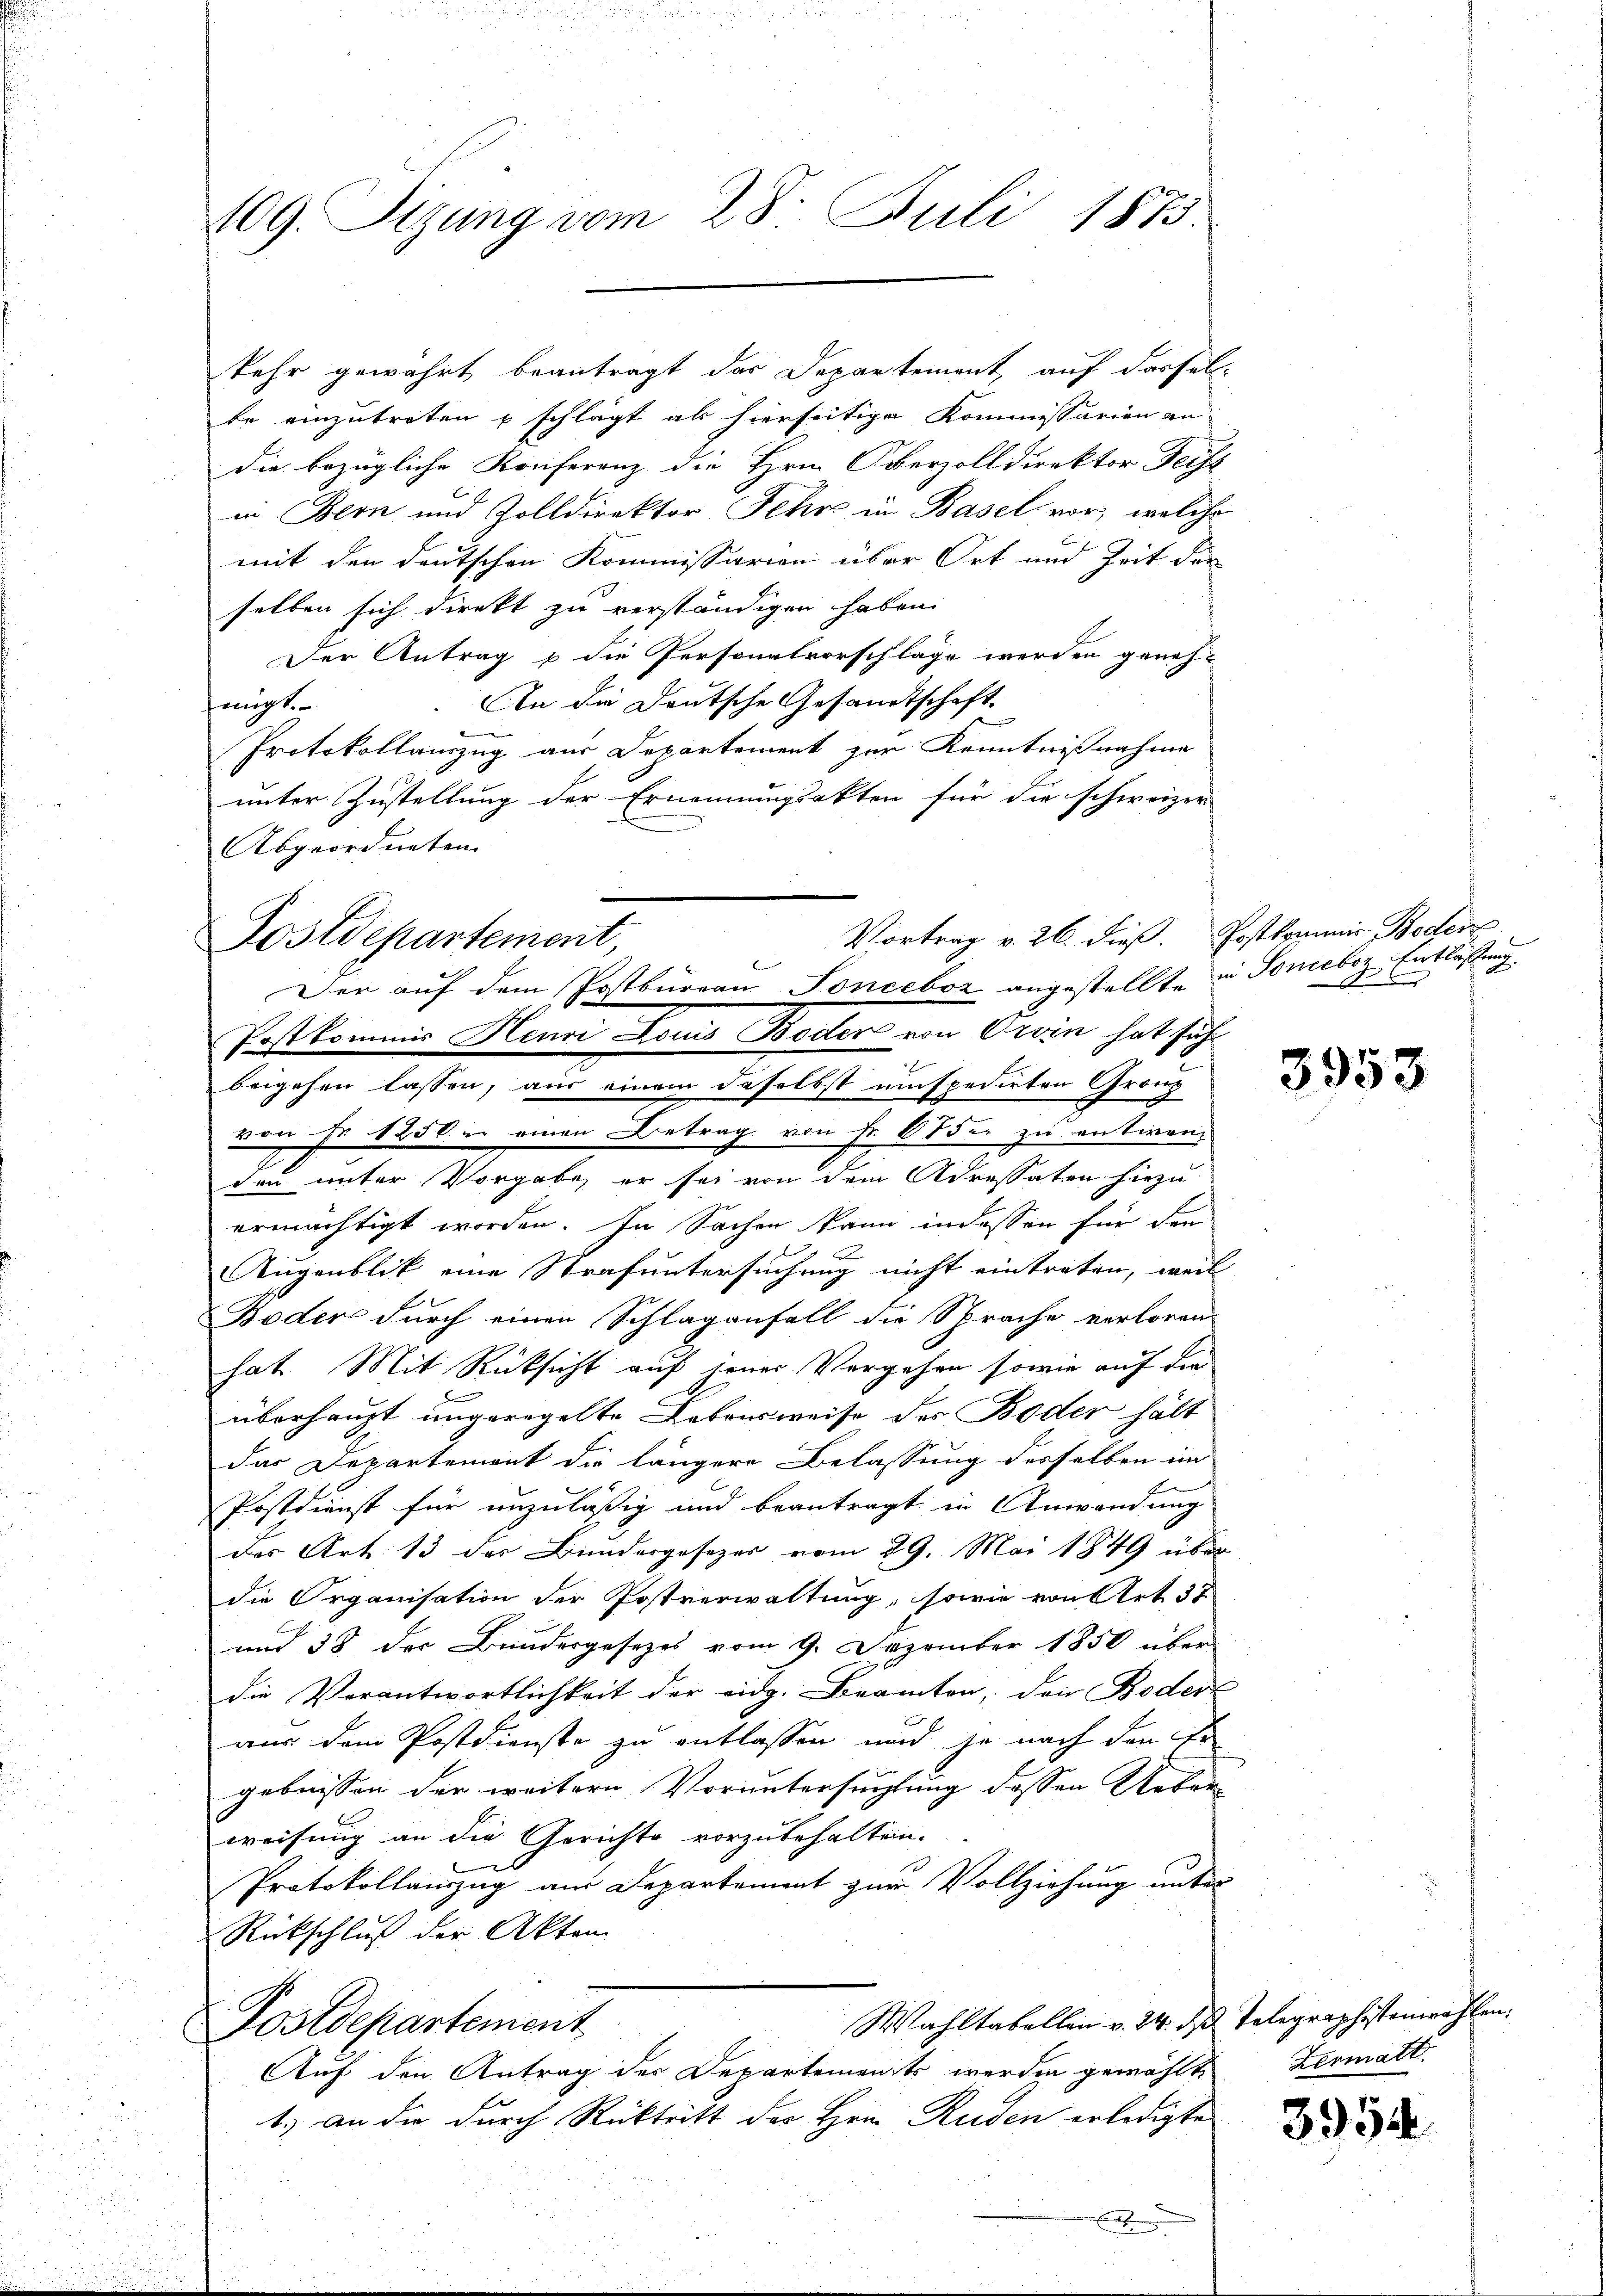
109. Sizung vom 28. Juli 1873.

ee einzutreten schlägt als hierseitige Kommissarien an
die bezügliche Konferenz die Hrn. Oberzolldirektor Geist
in Bern und Zolldirektor Sehr in Basel vor, welche
mit den deutschen Kommissarion über Ort und Zeit der
selben sich direkt zu verständigen haben.
Der Antrag & die Personalvorschläge werden geneh-
An die Deutsche Gesandtschaft
fangt
Protokollenzug aus Departement zur Kenntnißnahme
unter Zustellung der Ernennungsakten für die schweizer
Abgeordneten
Dostdepartement,
beigehen lassen, aus einem daselbst umspedirten Gronz
von Fr. 1250. in einen Betrag von Fr. 6 der zu entwenden unter Vorgabe er sei von dem Adressaten hiezu
ermächtigt worden. In Sachen kann in dessen für den
Augenblik eine Strafuntersuchung nicht eintreten, weil
Boder durch einen Schlaganfall die Sprache verloren
hat. Mit Rücksicht auf seiner Vergehen sowie auf die
überhaupt ungeregelte Labonsweise des Boder hält
das Departement die längere Belassung desselben im
Postdienst für unzuläßig und beantragt in Anwendung
des Art. 13 der Bundergesezer vom 29. Mai 1849 über
die Organisation der Postverwaltung, sowie von Art. 37
und 38 der Bundesgesezes vom 9. Dezember 1850 über
die Verantwortlichkeit der eidg. Beamten, den Boder
aus dem Postdienste zu entlassen und je nach den Er
gebnissen der weitern Voruntersuchtung dessen Ueber
weisung an die Gerichte vorzubehalten.
e
Protokollauszug aus Departement zur Vollziehung unter
Rückschluß der Aktem
Wahltabellen v. 24. des Telegraphistonwahlen.
Postdepartement
Auf den Antrag der Departement werden gewählt,
1.) an die durch Rücktritt der Hrn. Ruden erledigte
.

Post kommis Heure Louis Boden von Orvin hat sich

kehr gewährt beantragt das Departement, auf dassel¬

Vortrag v. 26. dieß. Postkommis Boden
Der auf dem Postbureau Sonceboz angestellte in Soneboz Entlassung

3953

Zermatt.

3954